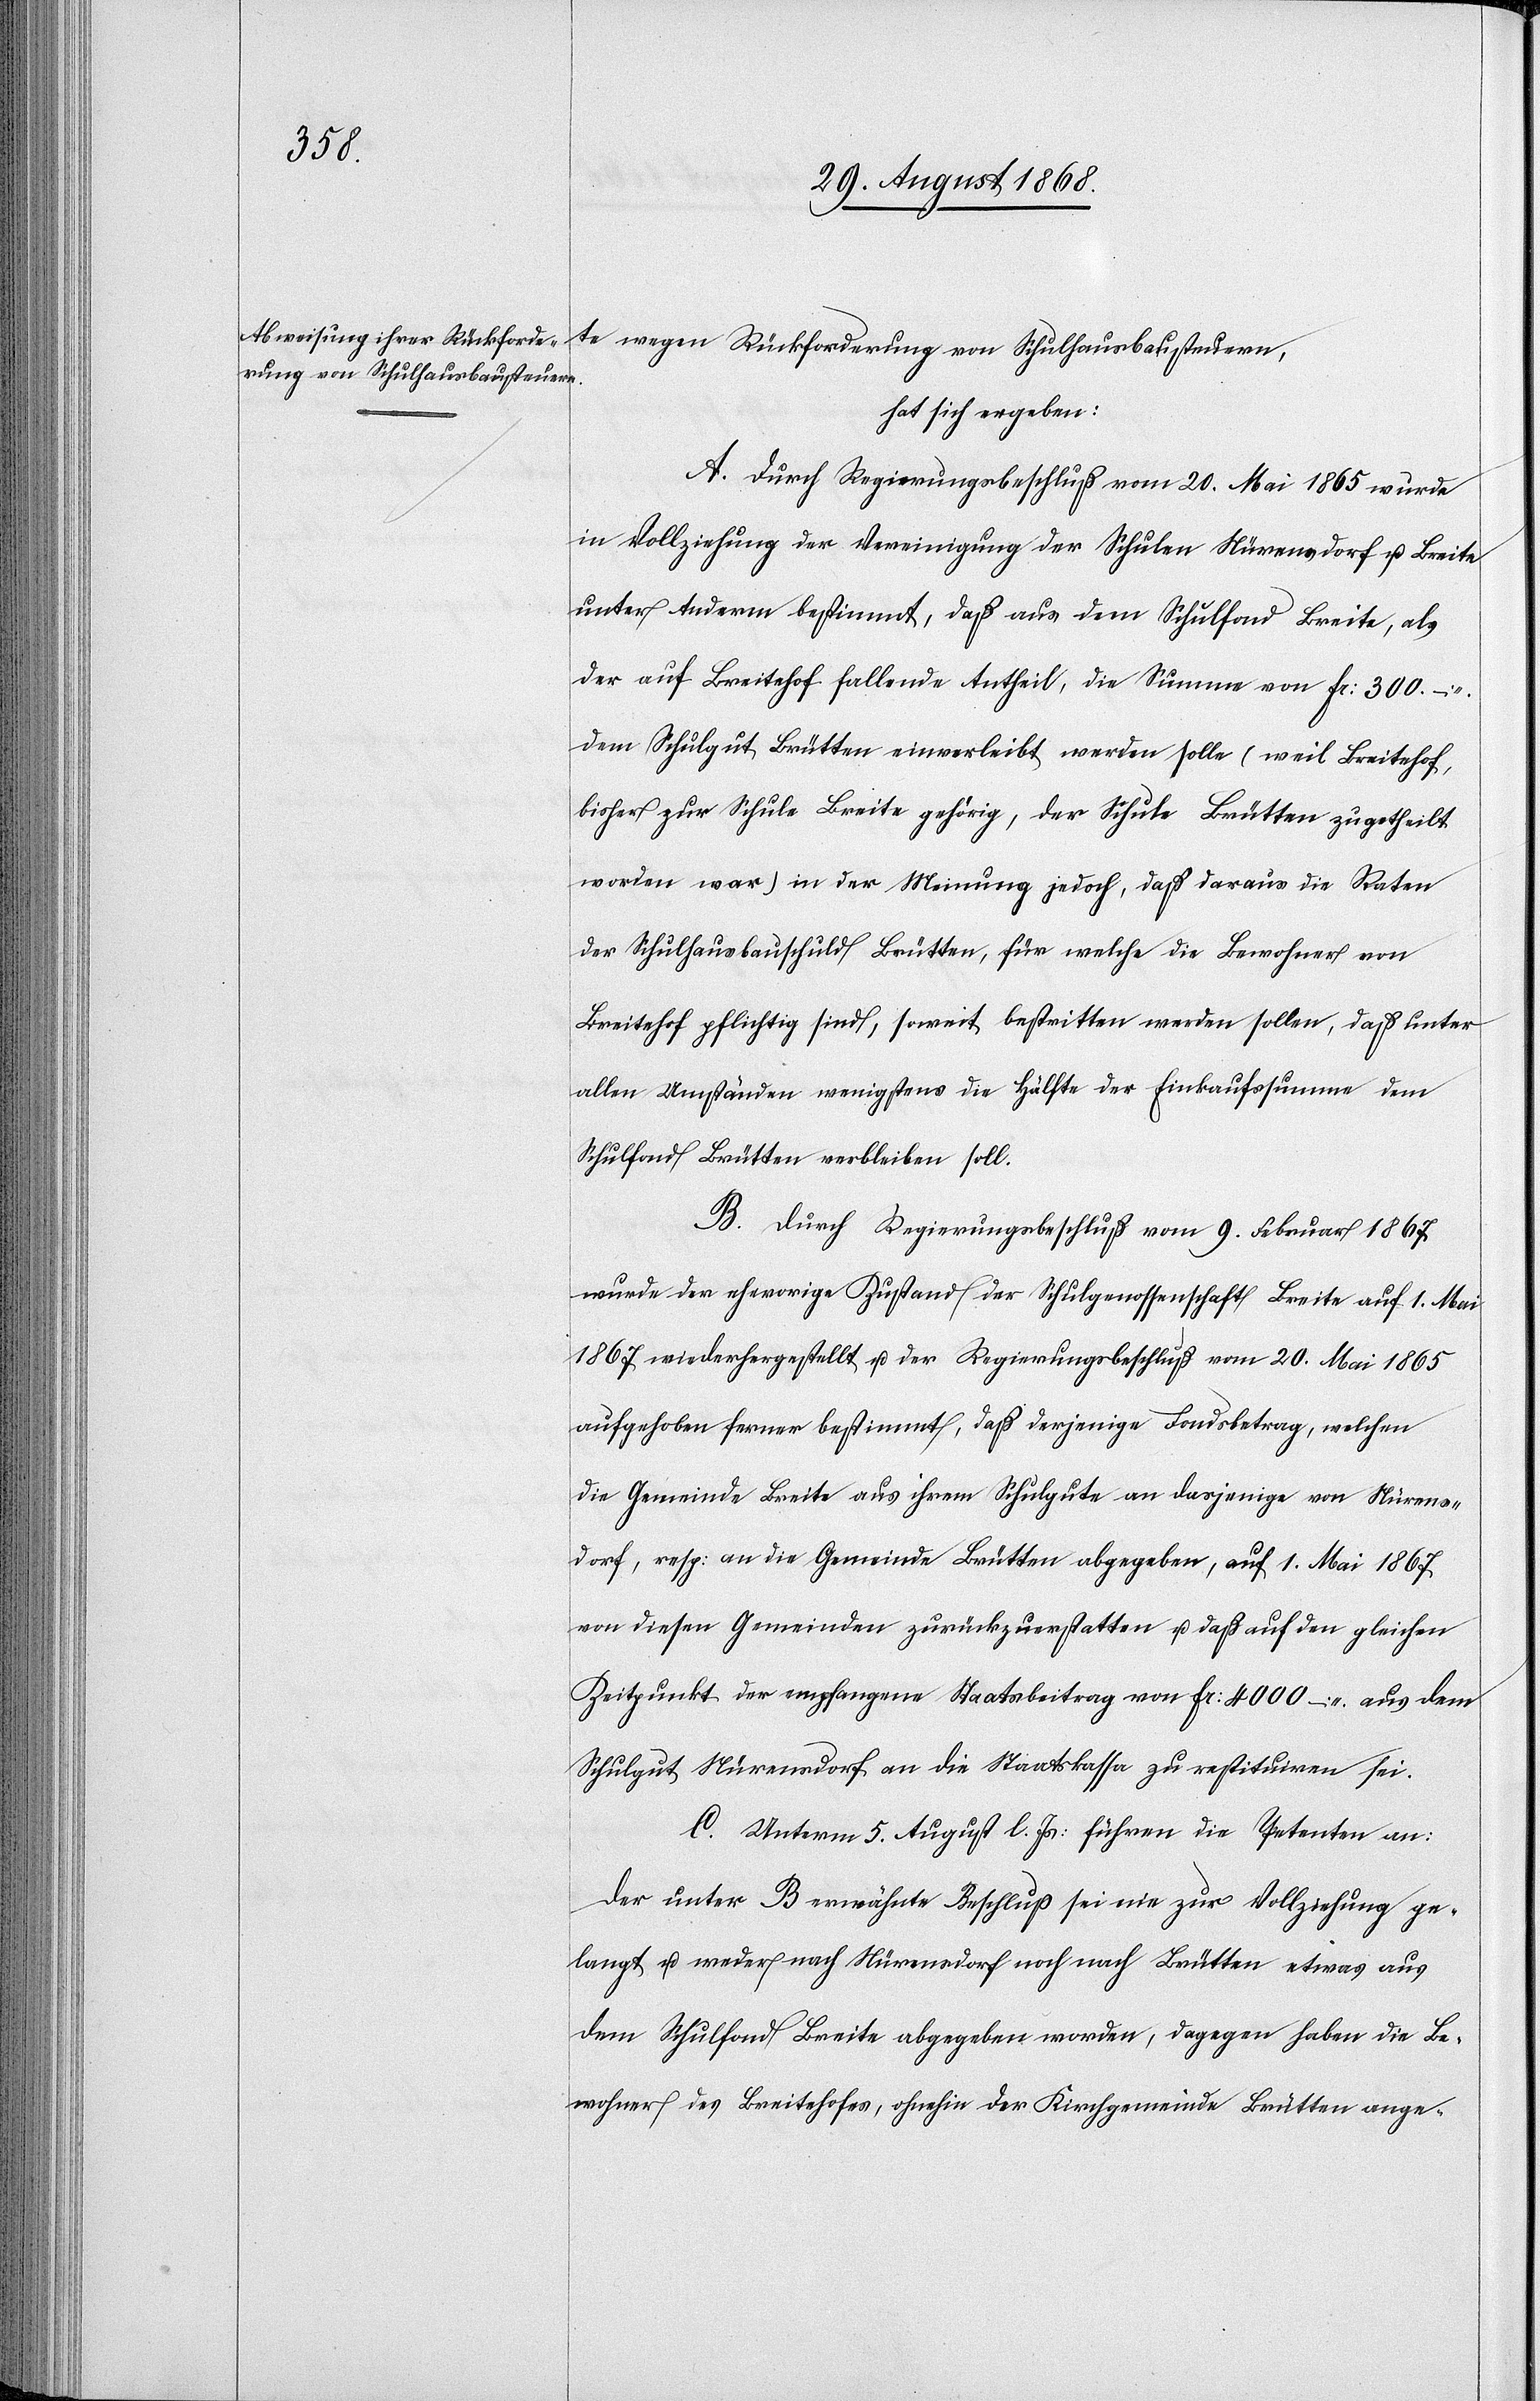
te wegen Rückforderung von Schulhausbausteuern,
hat sich ergeben:
A. Durch Regierungsbeschluß vom 20. Mai 1865 wurde
in Vollziehung der Vereinigung der Schulen Nürensdorf u. Breite
unter Anderm bestimmt, daß aus dem Schulfond Breite, als
der auf Breitehof fallende Antheil, die Summe von Fr: 300. –
dem Schulgut Brütten einverleibt werden solle (weil Breitehof,
bisher zur Schule Breite gehörig, der Schule Brütten zugetheilt
worden war) in der Meinung jedoch, daß daraus die Raten
der Schulhausbauschuld Brütten, für welche die Bewohner von
Breitehof pflichtig sind, soweit bestritten werden sollen, daß unter
allen Umständen wenigstens die Hälfte der Einkaufssumme dem
Schulfond Brütten verbleiben soll.
B. Durch Regierungsbeschluß vom 9. Februar 1867
wurde der ehevorige Zustand der Schulgenossenschaft Breite auf 1. Mai
1867 wiederhergestellt u. der Regierungsbeschluß vom 20. Mai 1865
aufgehoben ferner bestimmt, daß derjenige Fondsbetrag, welchen
die Gemeinde Breite aus ihrem Schulgute an dasjenige von Nürens¬
dorf, resp: an die Gemeinde Brütten abgegeben, auf 1. Mai 1867
von diesen Gemeinden zurückzuerstatten u. daß auf den gleichen
Zeitpunkt der empfangene Staatsbeitrag von Fr: 4000 – aus dem
Schulgut Nürensdorf an die Staatskassa zu restituiren sei.
C. Unterm 5. August l. Js: führen die Petenten an:
Der unter B erwähnte Beschluß sei nie zur Vollziehung ge¬
langt u. weder nach Nürensdorf noch nach Brütten etwas aus
dem Schulfond Breite abgegeben worden, dagegen haben die Be¬
wohner des Breitehofes, ohnehin der Kirchgemeinde Brütten ange-